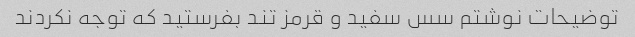
توضیحات نوشتم سس سفید و قرمز تند بفرستید که توجه نکردند